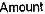
AMOUNT